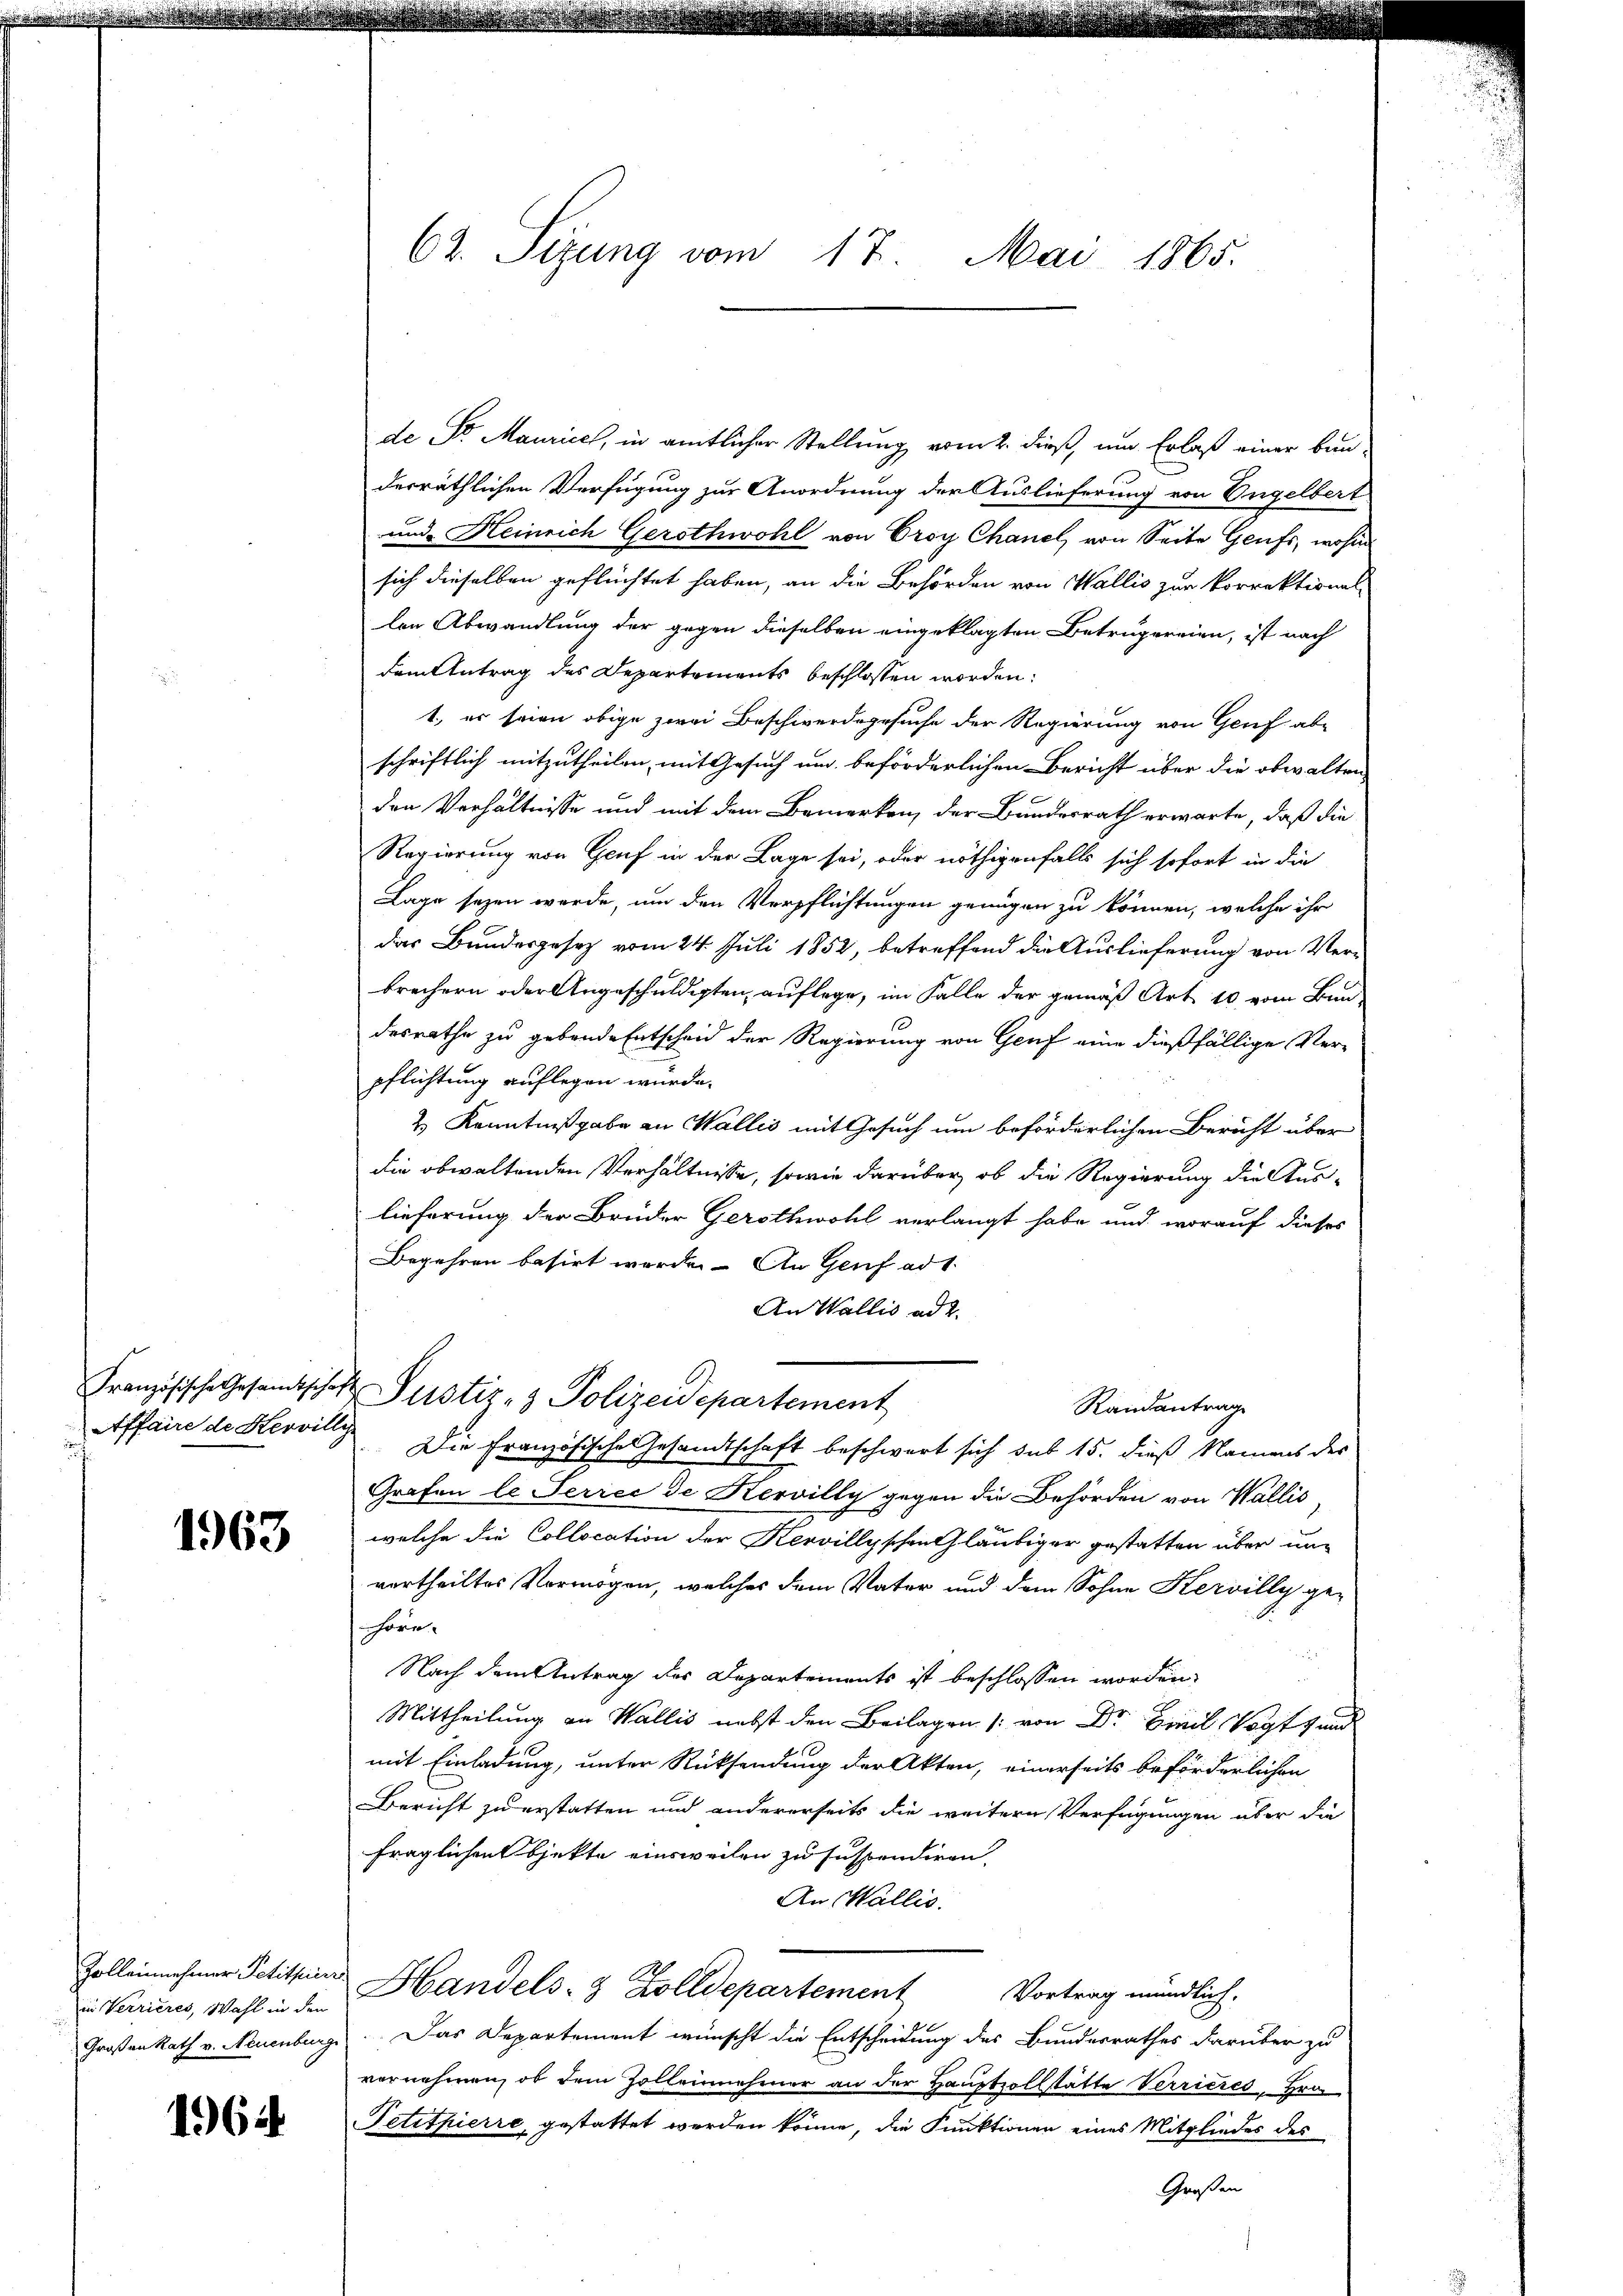
Französische Gesamtscha
Affaire de Hervill

1963

Zolleinnehmer Petituier
in Verrieres, Wahl in den
Großen Rath v. Neuenburg

1964

62. Sizung vom 17. Mai 1865.

de St. Maurice, in amtlicher Stellung vom 2. dieß, um Erlaß einer bun-
derräthlichen Verfügung zur Anordnung der Auslieferung von Engelbert
und Heinrich Gerothwohl von Croy Chanel, von Seite Genfs, wohin
sich dieselben geflüchtet haben, an die Behörden von Wallis zur Vorrektional-
len Abwandlung der gegen dieselben eingeklagten Betrugereien, ist nach
dem Antrag des Departements beschlossen worden:
1., er seien obige zwei Beschwerdegesuche der Regierung von Genf abe
schriftlich mitzutheilen, mit Gesuch um beförderlichen Bericht über die obwalten
den Verhältnisse und mit dem Bemerken, der Bundesrath erwarte, daß die
Regierung von Genf in der Lage sei, oder nöthigenfalls sich sofort in die
Lage seyen werde, um den Verpflichtungen genügen zu können, welche ihr
das Bundesgesetz vom 24. Juli 1852, betreffend die Auslieferung von Verbrechern oder Angeschuldigten auflege, im Falle der gemäß Art. 10, vom Bundesrathe zu gebende Entscheid der Regierung von Genf eine dießfällige Verpflichtung auflegen wurde.
2 Kenntnißgabe an Wallis mit Gesuch um beförderlichen Bericht über
die obwaltenden Verhältnisse, sowie darüber, ob die Regierung die Aus-
lieferung der Brüder Gerothwohl verlangt habe und worauf dieses
Begehren basirt worden. An Genf ad 1.
An Wallis ad 2.
 Justiz- & Polizeidepartement
Randantrage
 Die Französische Gesandtschaft beschwert sich sub 15. dieß Namens der
Grafen le Seriec de Kervilly gegen die Behörden von Wallis,
welche die Collocation der Kervillyschen Gläubiger gestatten über unvertheiltes Vermögen, welches dem Vater und dem Sohne Kervilly ge-
hore
e
Nach dem Antrag des Departements ist beschlossen worden,

Mittheilung an Wallis nebst den Beilagen /: von Dr Freil Vogts und
mit Einladung, unter Rücksendung der Akten, einerseits beförderlichen
Bericht zu erstatten und andererseits die weitere Verfügungen über die
fraglichen Objekte einsweilen zu suspendiren,
An Wallis.
Handels- & Zolldepartement Vortrag mündlich.
Das Departement wünscht die Entscheidung des Bundesrathes darüber zu
vernehmen, ob dem Zollenehmer an der Hauptzollstätte Verrieres, Hrn
Petitpierre, gestattet werden könne, die Funktionen eines Mitgliedes des
Großen